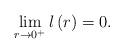
LaTeX: \begin{align*}\lim_{r \to 0^{+}}l\left( r\right) =0.\end{align*}